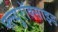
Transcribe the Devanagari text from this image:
फ्ल्युरॉक्साइड